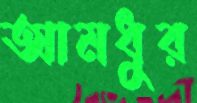
আমধুর